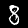
Label: 8